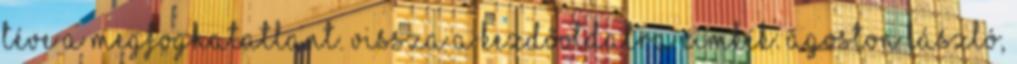
téve a megfoghatatlant. VISSZA A KEZDŐOLDALRA Címkék: Ágoston László,